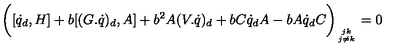
\biggl ( [ \dot { q } _ { d } , H ] + b [ ( G . \dot { q } ) _ { d } , A ] + b \sp 2 A ( V . \dot { q } ) _ { d } + b C \dot { q } _ { d } A - b A \dot { q } _ { d } C \bigg ) _ { { j k } \atop { j \ne k } } = 0